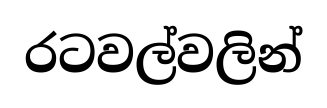
රටවල්වලින්